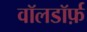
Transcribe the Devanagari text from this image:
वॉलडॉर्फ़